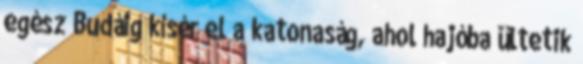
egész Budáig kísér el a katonaság, ahol hajóba ültetik